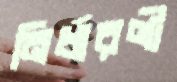
নির্ধারণী